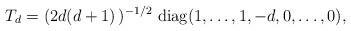
\begin{align*}T_d = ( 2d(d +1)\, )^{-1/2}\ {\rm diag} (1,\ldots,1, -d,0,\ldots,0),\end{align*}